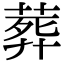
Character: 葬